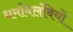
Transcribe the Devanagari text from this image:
धर्मावलंवियों